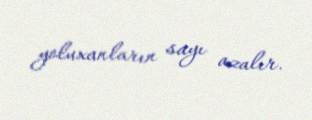
yoluxanların sayı azalır.